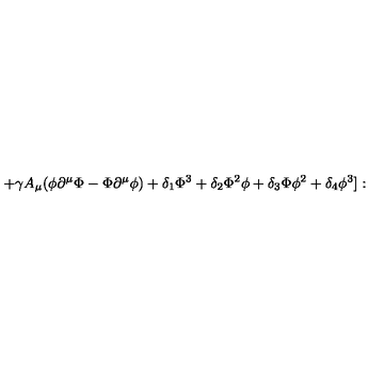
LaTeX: + \gamma A _ { \mu } ( \phi \partial ^ { \mu } \Phi - \Phi \partial ^ { \mu } \phi ) + \delta _ { 1 } \Phi ^ { 3 } + \delta _ { 2 } \Phi ^ { 2 } \phi + \delta _ { 3 } \Phi \phi ^ { 2 } + \delta _ { 4 } \phi ^ { 3 } ] :